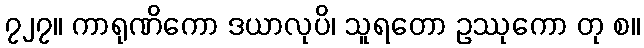
၇၂၇။ ကာရုဏိကော ဒယာလုပိ၊ သူရတော ဥဿုကော တု စ။